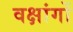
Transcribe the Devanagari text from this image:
वक्षांगों